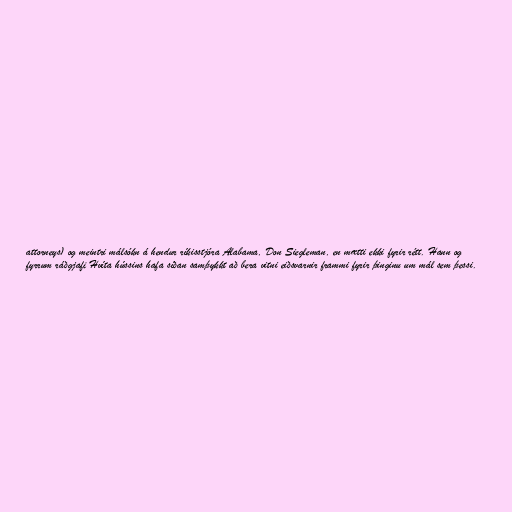
attorneys) og meintri málsókn á hendur ríkisstjóra Alabama, Don Siegleman, en mætti ekki fyrir rétt. Hann og
fyrrum ráðgjafi Hvíta hússins hafa síðan samþykkt að bera vitni eiðsvarnir frammi fyrir þinginu um mál sem þessi.